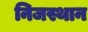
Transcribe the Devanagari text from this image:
निजस्थान